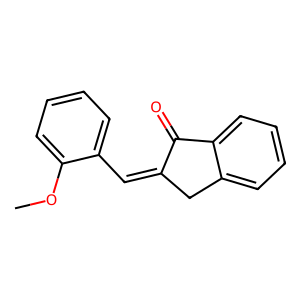
SMILES: COc1ccccc1C=C1Cc2ccccc2C1=O
Inhibits HIV replication: No